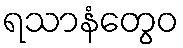
ရသာနံတွေဝ